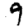
Digit: 9